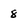
Character: 8